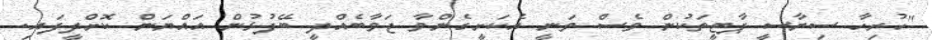
"ހުރިހާ ސިޔާސީ ޕާޓީތަކުން ވެސް ވަނީ އެކަށީގެންވާ ޖަވާބެއްދީ ބޭފުޅުން އައްޔަން ކޮށްދީފައި.